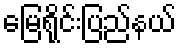
မြေရိုင်းပြည်နယ်